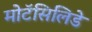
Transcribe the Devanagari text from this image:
मोटॅसिलिडे